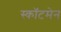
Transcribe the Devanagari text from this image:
स्कॉटमेन